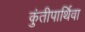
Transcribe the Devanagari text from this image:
कुंतीपार्थिवा